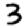
Digit: 3